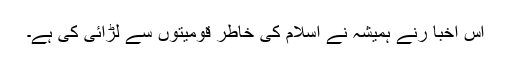
اس اخبا رنے ہمیشہ نے اسلام کی خاطر قومیتوں سے لڑائی کی ہے۔